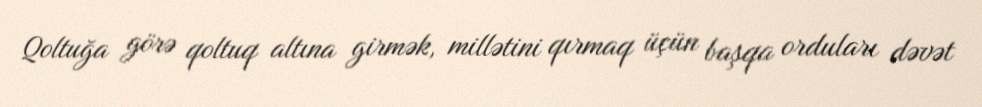
Qoltuğa görə qoltuq altına girmək, millətini qırmaq üçün başqa orduları dəvət